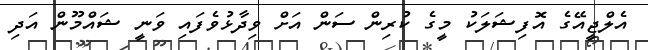
އެލްޖީއޭގެ އޮފިޝަލަކު މީގެ ކުރިން ސަން އަށް ވިދާޅުވެފައި ވަނީ ޝައްމޫން އަދި